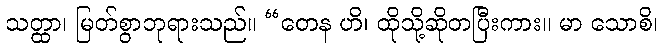
သတ္ထာ၊ မြတ်စွာဘုရားသည်။ “တေန ဟိ၊ ထိုသို့ဆိုတပြီးကား။ မာ သောစိ၊